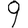
Digit: 9